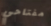
مفتاحي